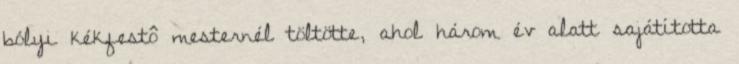
bólyi kékfestô mesternél töltötte, ahol három év alatt sajátította